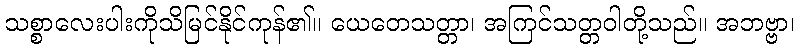
သစ္စာလေးပါးကိုသိမြင်နိုင်ကုန်၏။ ယေတေသတ္တာ၊ အကြင်သတ္တဝါတို့သည်။ အဘဗ္ဗာ၊